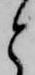
と